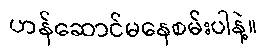
ဟန်ဆောင်မနေစမ်းပါနဲ့။